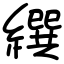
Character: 繏